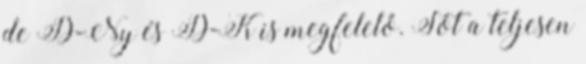
de D-Ny és D-K is megfelelő. Sőt a teljesen